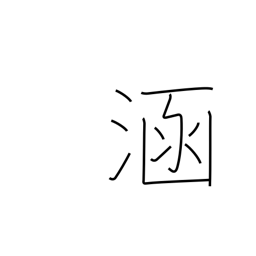
Meaning: immerse